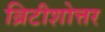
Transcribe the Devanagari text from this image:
ब्रिटीशोत्तर